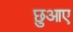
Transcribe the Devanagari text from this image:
छुआए